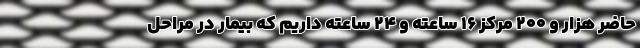
حاضر هزار و ۲۰۰ مرکز ۱۶ ساعته و ۲۴ ساعته داریم که بیمار در مراحل